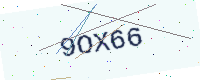
Text: 9OX66